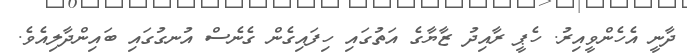
ދާނީ އެހެންވީއިރު. ހެޕީ ރާއިދު ޒާޔާގެ އަތުގައި ހިފައިގެން ގެނެސް އުނގުގައި ބައިންދާލިއެވެ.